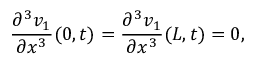
\frac { \partial ^ { 3 } v _ { 1 } } { \partial x ^ { 3 } } ( 0 , t ) = \frac { \partial ^ { 3 } v _ { 1 } } { \partial x ^ { 3 } } ( L , t ) = 0 ,